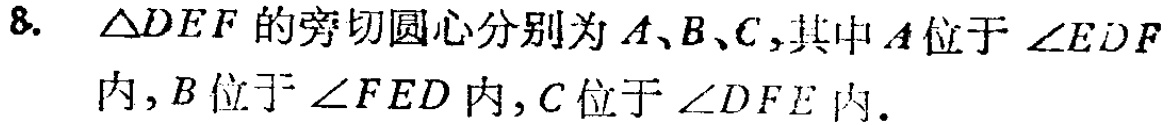
8. $\triangle DEF$ 的旁切圆心分别为 $A、B、C$,其中 $A$ 位于 $\angle EDF$ 内,$B$ 位于 $\angle FED$ 内,$C$ 位于 $\angle DFE$ 内.